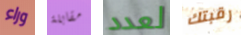
وراء مقابلة لعدد رقبتك